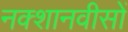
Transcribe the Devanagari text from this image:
नक्शानवीसों